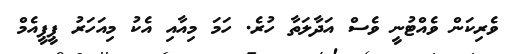
ވެރިކަން ވެއްޓުނީ ވެސް އަދާލަތާ ހުރެ. ހަމަ މިއާއި އެކު މިއަހަރު ޕީޕީއެމް